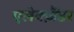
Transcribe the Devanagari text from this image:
एलेक्ज़ैंडर